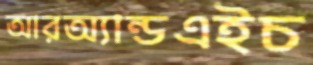
আরঅ্যান্ডএইচ